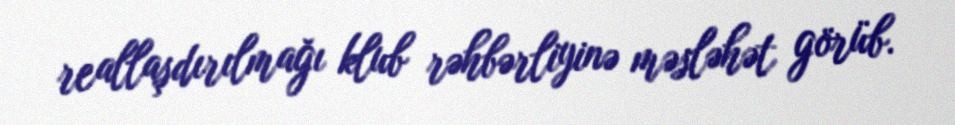
reallaşdırılmağı klub rəhbərliyinə məsləhət görüb.